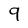
Character: 9